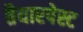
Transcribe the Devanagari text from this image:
तैयारपेस्ट